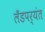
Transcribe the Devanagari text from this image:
लँडपर्यंत